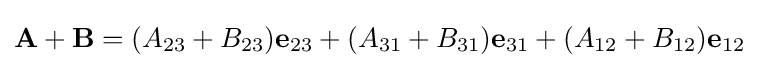
\mathbf {A} +\mathbf {B} =(A_{23}+B_{23})\mathbf {e} _{23}+(A_{31}+B_{31})\mathbf {e} _{31}+(A_{12}+B_{12})\mathbf {e} _{12}